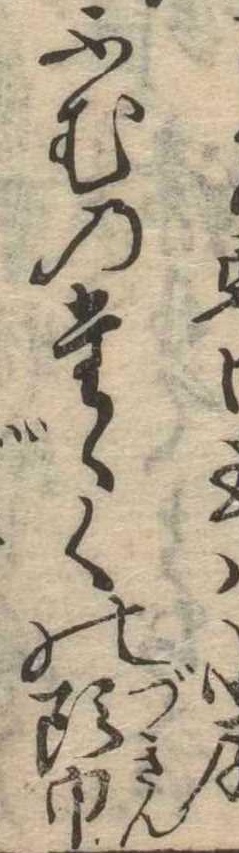
ふむのたゝくの頭巾